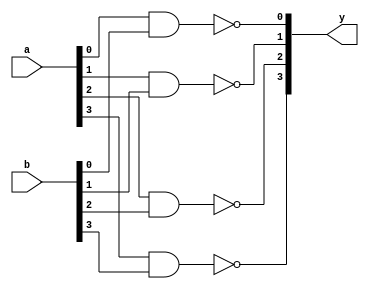
module xup_nand_vector #(parameter SIZE=4, DELAY=3)(
    input [SIZE-1:0] a,
    input [SIZE-1:0] b,
    output [SIZE-1:0] y
    );

   genvar i;
    generate
       for (i=0; i < SIZE; i=i+1) 
       begin: nand_i
          nand #DELAY(y[i], a[i], b[i]);
       end
    endgenerate

endmodule